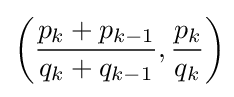
\left({\frac {p_{k}+p_{k-1}}{q_{k}+q_{k-1}}},{\frac {p_{k}}{q_{k}}}\right)\!